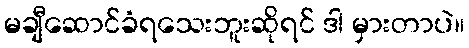
မချီဆောင်ခံရသေးဘူးဆိုရင် ဒါ မှားတာပဲ။